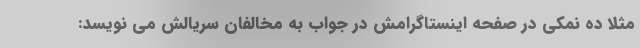
مثلا ده نمکی در صفحه اینستاگرامش در جواب به مخالفان سریالش می نویسد: